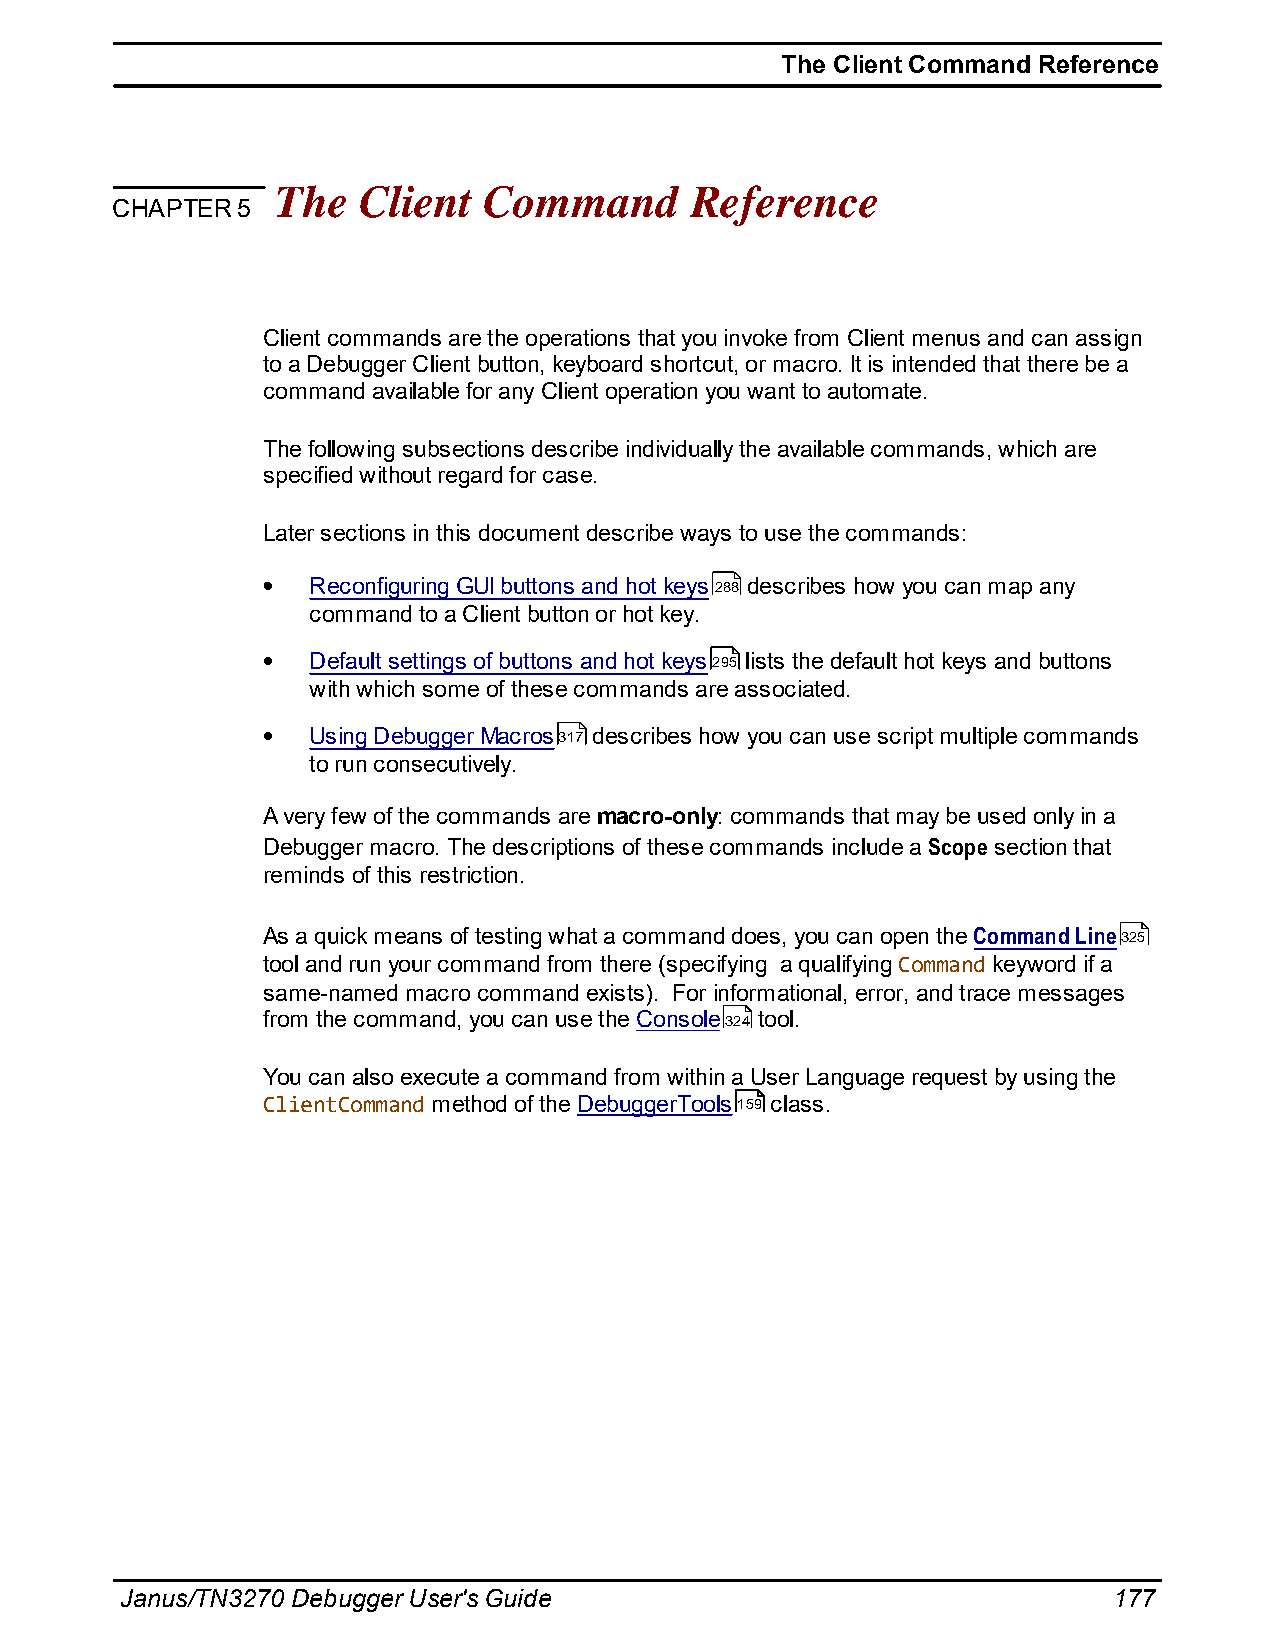
The Client Command Reference
 The   Client  Command       Reference
 CHAPTER  5
 Client commands are the operations that you invoke from Client menus and can assign
 to a Debugger Client button, keyboard shortcut, or macro. It is intended that there be a
 command available for any Client operation you want to automate.
 The following subsections describe individually the available commands, which are
 specified without regard for case.
 Later sections in this document describe ways to use the commands:
 Reconfiguring GUI buttons and hot keys288 describes how you can map any
 command to a Client button or hot key.
 Default settings of buttons and hot keys295 lists the default hot keys and buttons
 with which some of these commands are associated.
 Using Debugger Macros317 describes how you can use script multiple commands
 to run consecutively.
 A very few of the commands are macro-only: commands that may be used only in a
 Debugger macro. The descriptions of these commands include a Scope section that
 reminds of this restriction.
 As a quick means of testing what a command does, you can open the Command Line325
 tool and run your command from there (specifying a qualifying Command keyword if a
 same-named macro command exists). For informational, error, and trace messages
 from the command, you can use the Console324 tool.
 You can also execute a command from within a User Language request by using the
 ClientCommand method of the DebuggerTools159 class.
 Janus/TN3270 Debugger User's Guide                                177